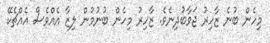
މިހެން ބުނެ ޒާހިރު ޖަވާބުދިނެވެ. ޒާހިރު މިހެން ބުނުމުން ލިޒާ އެއްވެސް އެއްޗެކޭ